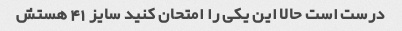
درست است حالا این یکی را امتحان کنید سایز 41 هستش